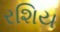
રશિય